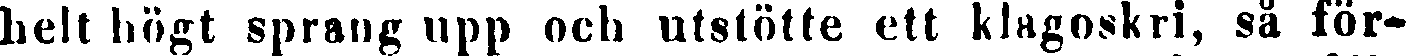
helt högt sprang upp och utstötte ett klagoskri, så för-